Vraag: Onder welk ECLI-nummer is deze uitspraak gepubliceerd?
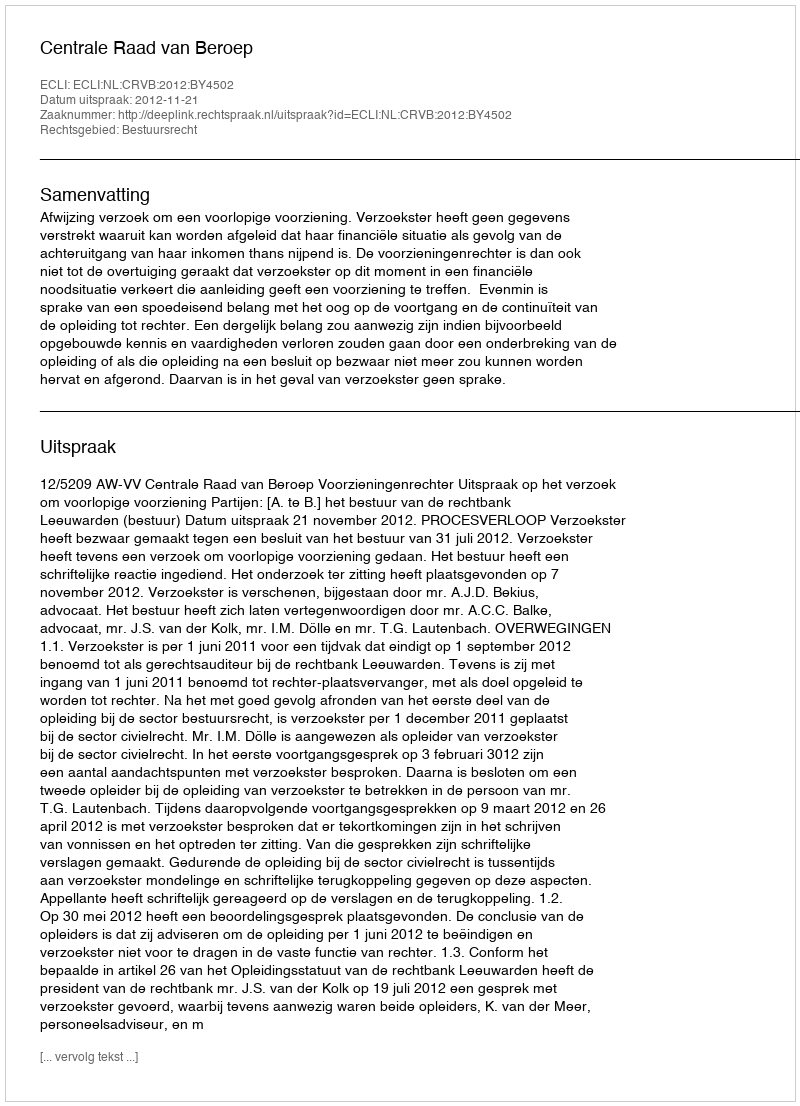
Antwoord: ECLI:NL:CRVB:2012:BY4502